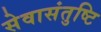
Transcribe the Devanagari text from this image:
सेवासंतुष्टि